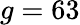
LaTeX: g=63